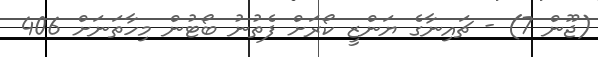
(ޖޫން 7) - ޗައިނާގެ ޔަންޒީ ކޯރަށް ފެތުނު ބޯޓުން މިހާތަނަށް 406